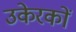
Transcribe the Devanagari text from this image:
उकेरकों